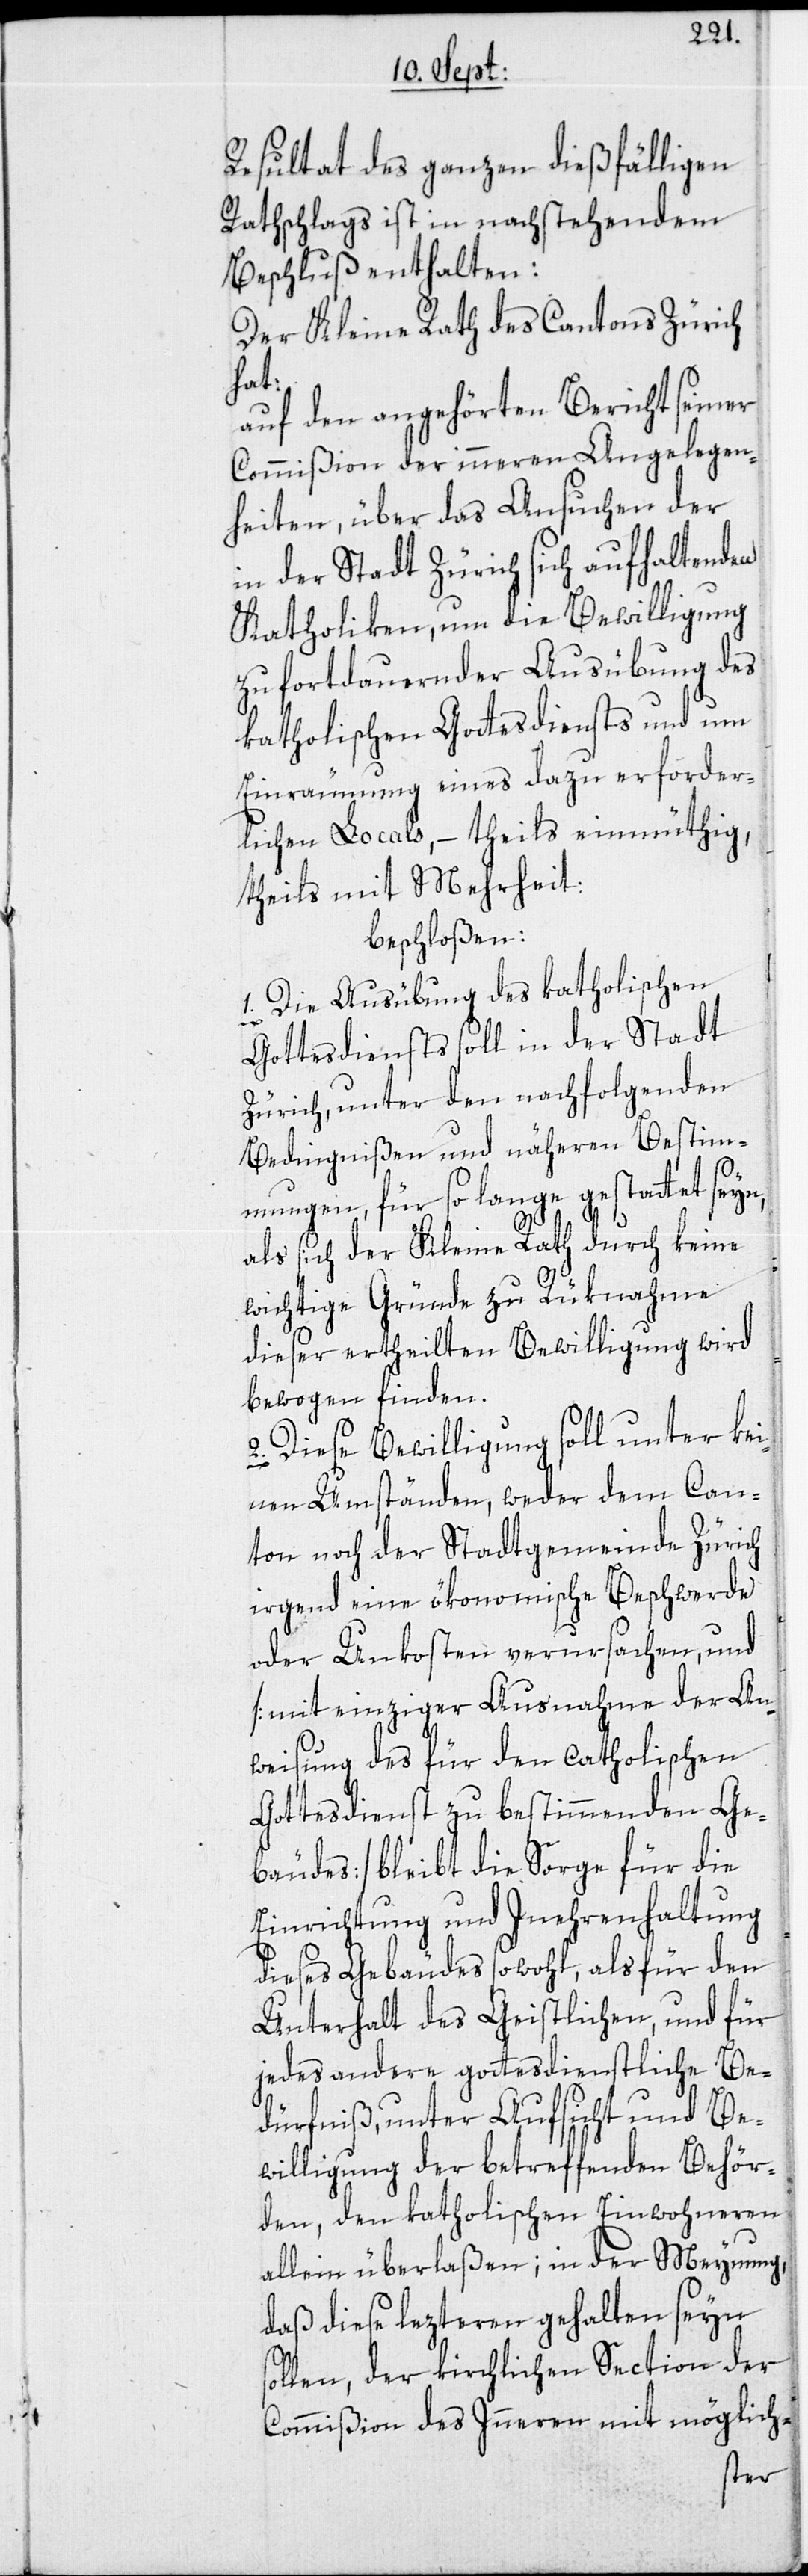
Resultat des ganzen dießfälligen
Rathschlags ist in nachstehendem
Beschluß enthalten:
Der Kleine Rath des Cantons Zürich
hat:
auf den angehörten Bericht seiner
Commißion der inneren Angelegen¬
heiten, über das Ansuchen der
in der Stadt Zürich sich aufhaltenden
Katholiken, um die Bewilligung
zu fortdauernder Ausübung des
katholischen Gottesdiensts und um
Einräumung eines dazu erforder¬
lichen Locals, – theils einmüthig,
theils mit Mehrheit:
beschloßen:
1. Die Ausübung des katholischen
Gottesdiensts soll in der Stadt
Zürich, unter den nachfolgenden
Bedingnißen und näheren Bestim¬
mungen, für so lange gestattet seyn,
als sich der Kleine Rath durch keine
wichtige Gründe zu Rüknahme
dieser ertheilten Bewilligung wird
bewogen finden.
2. Diese Bewilligung soll unter kei¬
nen Umständen, weder dem Can¬
ton noch der Stadtgemeinde Zürich
irgend eine ökonomische Beschwerde
oder Unkosten verursachen, und
[mit einziger Ausnahme der An¬
weisung des für den catholischen
Gottesdienst zu bestimmenden Ge¬
bäudes] bleibt die Sorge für die
Einrichtung und Inehrenhaltung
dieses Gebäudes sowohl, als für den
Unterhalt des Geistlichen, und für
jedes andere gottesdienstliche Be¬
dürfniß, unter Aufsicht und Be¬
willigung der betreffenden Behör¬
den, den katholischen Einwohneren
allein überlaßen; in der Meynung,
daß diese lezteren gehalten seyn
sollen, der kirchlichen Section der
Commißion des Inneren mit möglich-